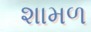
શામળ